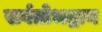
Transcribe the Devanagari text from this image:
सर्वतोभद्राय